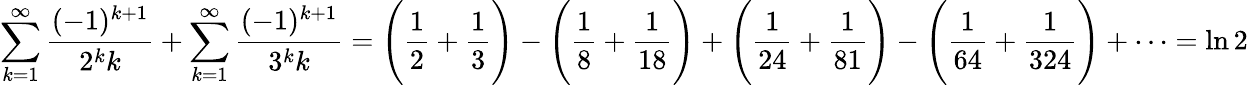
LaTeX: \sum_{k=1}^{\infty}{\frac{(-1)^{k+1}}{2^{k}k}}+\sum_{k=1}^{\infty}{\frac{(-1)^{k+1}}{3^{k}k}}={\Bigg(}{\frac{1}{2}}+{\frac{1}{3}}{\Bigg)}-{\Bigg(}{\frac{1}{8}}+{\frac{1}{18}}{\Bigg)}+{\Bigg(}{\frac{1}{24}}+{\frac{1}{81}}{\Bigg)}-{\Bigg(}{\frac{1}{64}}+{\frac{1}{324}}{\Bigg)}+\cdots=\ln 2